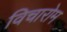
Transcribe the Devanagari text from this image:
विचारोम